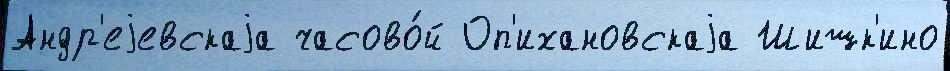
Андр'еjевскаjа часово́й Оп'ихановскаjа Шишк'ино